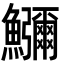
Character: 𮬚